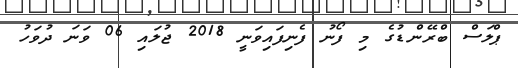
ޕްލަސް ބްރޭންޑުގެ މި ފޯނު ފެނިފައިވަނީ 2018 ޖުލައި 06 ވަނަ ދުވަހު